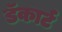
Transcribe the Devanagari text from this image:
डॅकार्ट